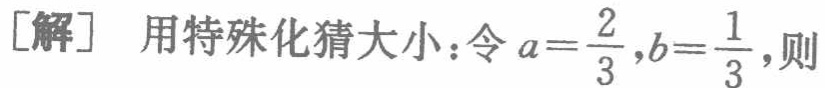
[解] 用特殊化猜大小：令\(a = \frac{2}{3},b = \frac{1}{3}\)，则